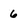
Character: 6